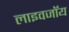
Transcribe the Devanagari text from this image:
लाइवजॉय